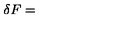
\delta F =